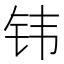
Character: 𬬬